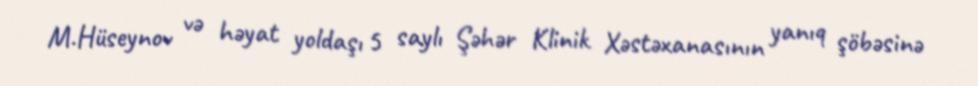
M.Hüseynov və həyat yoldaşı 5 saylı Şəhər Klinik Xəstəxanasının yanıq şöbəsinə